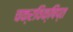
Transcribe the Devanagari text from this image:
चक्रविक्षिप्त